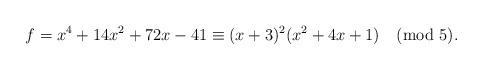
LaTeX: \begin{align*} f = x^4+14x^2+72x-41 \equiv (x+3)^2(x^2+4x+1) \pmod{5}.\end{align*}